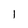
Character: 1